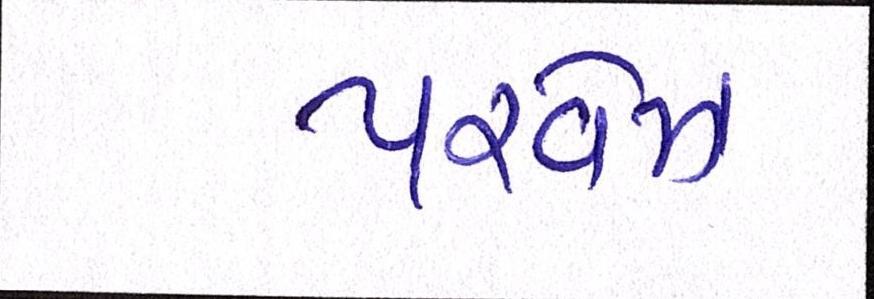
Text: પરવેઝ